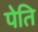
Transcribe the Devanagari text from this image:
पेति